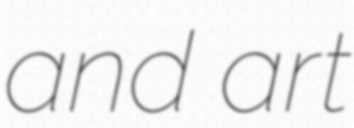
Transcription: and art